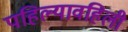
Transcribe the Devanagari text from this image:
पहिल्यावहिली